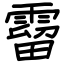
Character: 霤